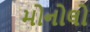
મોનોલો